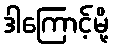
ဒါကြောင့်မို့